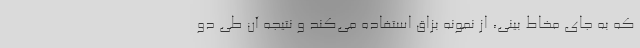
که به جای مخاط بینی، از نمونه بزاق استفاده می‌کند و نتیجه آن طی دو